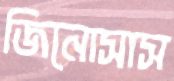
জিনোসাস